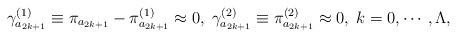
LaTeX: \begin{align*}\gamma _{a_{2k+1}}^{(1)}\equiv \pi _{a_{2k+1}}-\pi _{a_{2k+1}}^{(1)}\approx0,\;\gamma _{a_{2k+1}}^{(2)}\equiv \pi _{a_{2k+1}}^{(2)}\approx0,\;k=0,\cdots ,\Lambda , \end{align*}